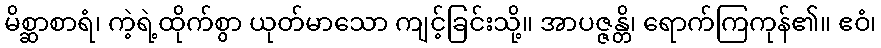
မိစ္ဆာစာရံ၊ ကဲ့ရဲ့ထိုက်စွာ ယုတ်မာသော ကျင့်ခြင်းသို့။ အာပဇ္ဇန္တိ၊ ရောက်ကြကုန်၏။ ဧဝံ၊